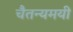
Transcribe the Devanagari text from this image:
चैतन्यमयी